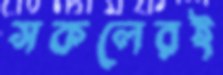
সকলেরই